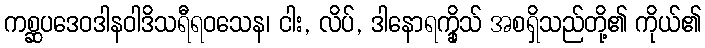
ကစ္ဆပဒေဝဒါနဝါဒိသရီရဝသေန၊ ငါး, လိပ်, ဒါနောရက္ခိုသ် အစရှိသည်တို့၏ ကိုယ်၏